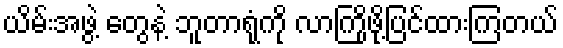
ယိမ်းအဖွဲ့ တွေနဲ့ ဘူတာရုံကို လာကြိုဖို့ပြင်ထားကြတယ်